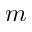
m